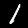
Digit: 1